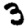
Digit: 3